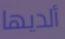
ألديها